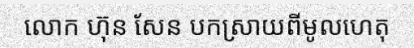
លោក ហ៊ុន សែន បកស្រាយពីមូលហេតុ